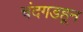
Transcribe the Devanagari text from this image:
चंदगडहून